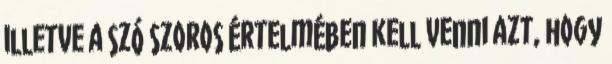
illetve a szó szoros értelmében kell venni azt, hogy